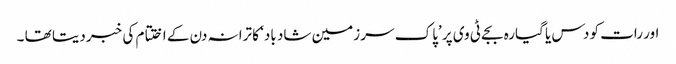
اور رات کو دس یا گیارہ بجے ٹی وی پر ’پاک سر زمین شاد باد‘ کا ترانہ دن کے اختتام کی خبر دیتا تھا ۔